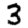
Digit: 3